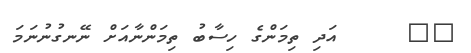
٢٦     އަދި ތިމަންގެ ހިސާބު ތިމަންނާއަށް ނޭނގުނުނަމަ